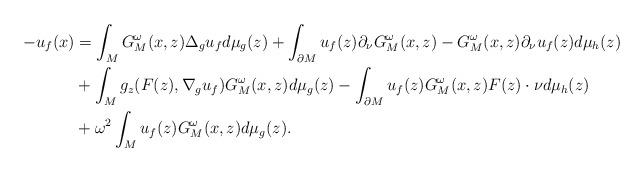
LaTeX: \begin{align*} -u_f(x) &= \int_M G^\omega_M(x,z) \Delta_g u_f d\mu_g(z) + \int_{\partial M} u_f(z)\partial_\nu G^\omega_M(x,z) - G^\omega_M(x,z)\partial_\nu u_f(z) d\mu_h(z) \\&+\int_M g_z(F(z),\nabla_g u_f) G^\omega_M(x,z) d\mu_g(z) - \int_{\partial M} u_f(z)G^\omega_M(x,z) F(z) \cdot \nu d\mu_h(z) \\&+ \omega^2 \int_M u_f(z) G^\omega_M(x,z)d\mu_g(z). \end{align*}